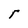
Character: r